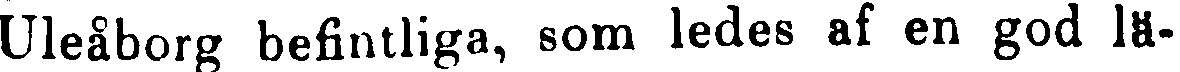
Uleåborg befintliga, som ledes af en god lä-